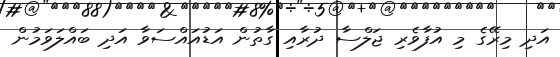
އަދި މިރޭގެ މި އުފާވެރި ޖަލްސާ ދުރާއި ގާތުން އަޑުއައްސަވާ އަދި ބައްލަވަމުން